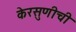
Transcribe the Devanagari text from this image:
केरसुणीची